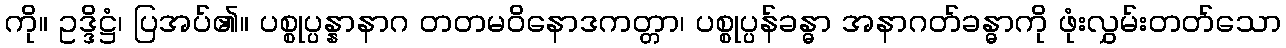
ကို။ ဥဒ္ဒိဋ္ဌံ၊ ပြအပ်၏။ ပစ္စုပ္ပန္နာနာဂ တတမဝိနောဒကတ္တာ၊ ပစ္စုပ္ပန်ခန္ဓာ အနာဂတ်ခန္ဓာကို ဖုံးလွှမ်းတတ်သော